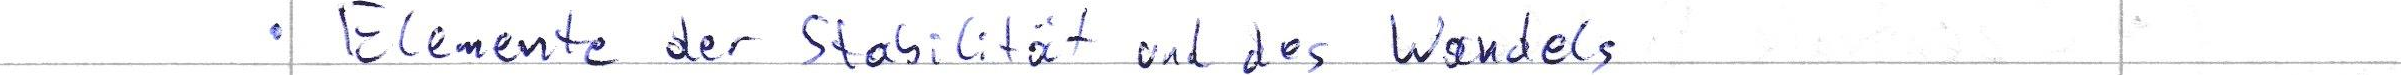
Elemente der Stabilität und des Wandels